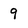
Character: 9